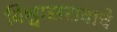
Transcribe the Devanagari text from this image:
विश्वासरावाचे